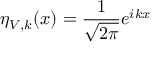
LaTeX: \eta _ { V , k } ( x ) = \frac { 1 } { \sqrt { 2 \pi } } e ^ { i k x }